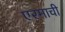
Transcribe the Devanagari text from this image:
एरमाची